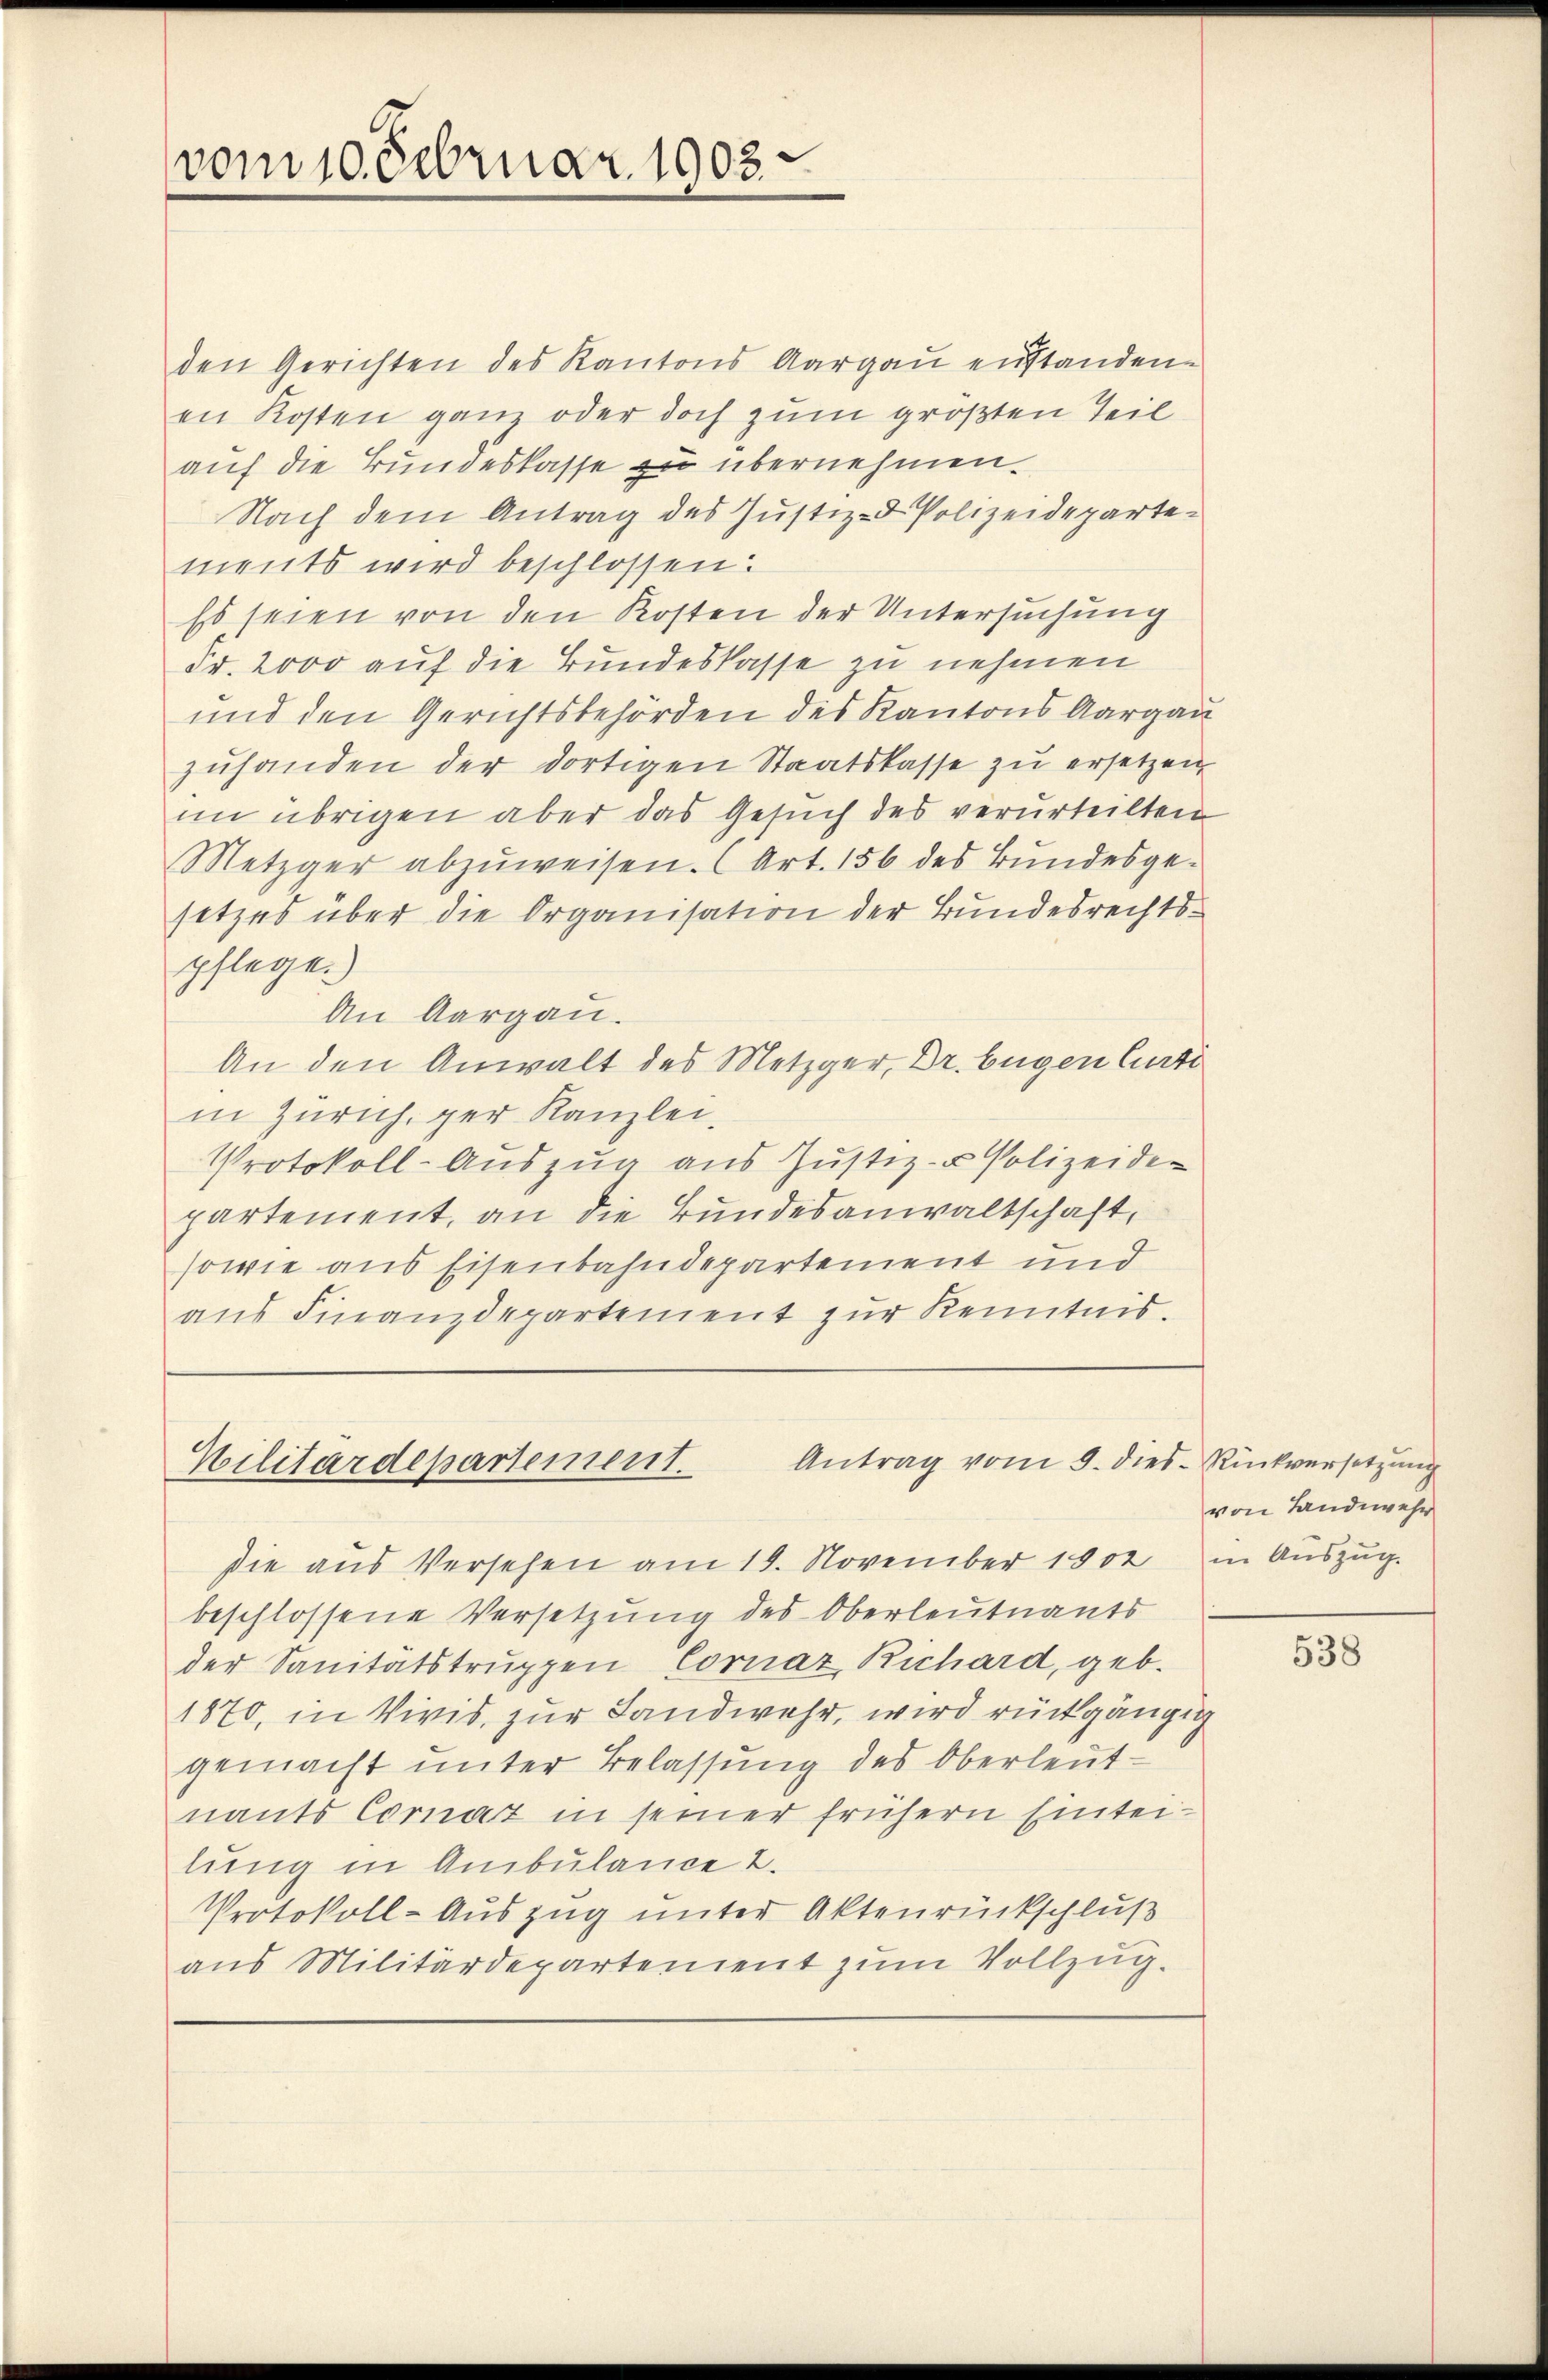
vom 10. Februar 1903.

den Gerichten des Kantons Aargau enstanden.
en Kosten ganz oder doch zum größten Teil
auf die Bundeskasse zu übernehmen.
Nach dem Antrag des Justiz- & Polizeidepartements wird beschlossen:
Es seien von den Kosten der Untersuchung
Fr. 2000 auf die Bundeskasse zu nehmen
und den Gerichtsbehörden des Kantons Aargau
zŭhanden der dortigen Staatskasse zu ersetzen
im übrigen aber das Gesuch des verurteilten
Metzger abzuweisen. (Art. 156 des Bundesgesetzes über die Organisation der Bundesrechts-
pflege.)
An Aargau.
An den Anwalt des Metzger, Dr. begen Curti
in Zürich, per Kanzlei.
Protokoll-Auszug aus Justiz- u Polizeide-
partement, an die Bundesanwaltschaft,
sowie aus Eisenbahndepartement und
aus Finanzdepartement zur Kenntnis.

Antrag vom 9. dies Rückversetzung
Wilitärdepartement.

die aus Versehen am 19. November 1902 in Auszug.
beschlossene Versetzung des Oberleutnants
der Sanitätstruppen Cornaz Richard, geb.
1870, in Vivis, zur Landwehr, wird rückgängig
gemacht unter Belassung des Oberleut-
nants Coraz in seiner frühern Einteilung in Ambulance 2.
Protokoll-Auszug unter Aktenrückschluß
aus Militärdepartement zum Vollzug.

von Landwehr

538